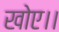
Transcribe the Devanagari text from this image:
खोए।।